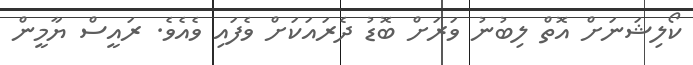
ކޯލިޝަނަށް އޮތް ލިބުނު ވަރަށް ބޮޑު ދެރައަކަށް ވެފައި ވެއެވެ. ރައީސް ޔާމީން